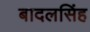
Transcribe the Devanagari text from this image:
बादलसिंह